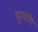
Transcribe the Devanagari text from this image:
दूरयंति